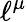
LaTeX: \ell^{\mu}